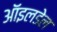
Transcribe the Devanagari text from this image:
ऑइलडेल